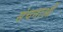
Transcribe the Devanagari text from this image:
संचनाओं